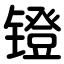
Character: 镫